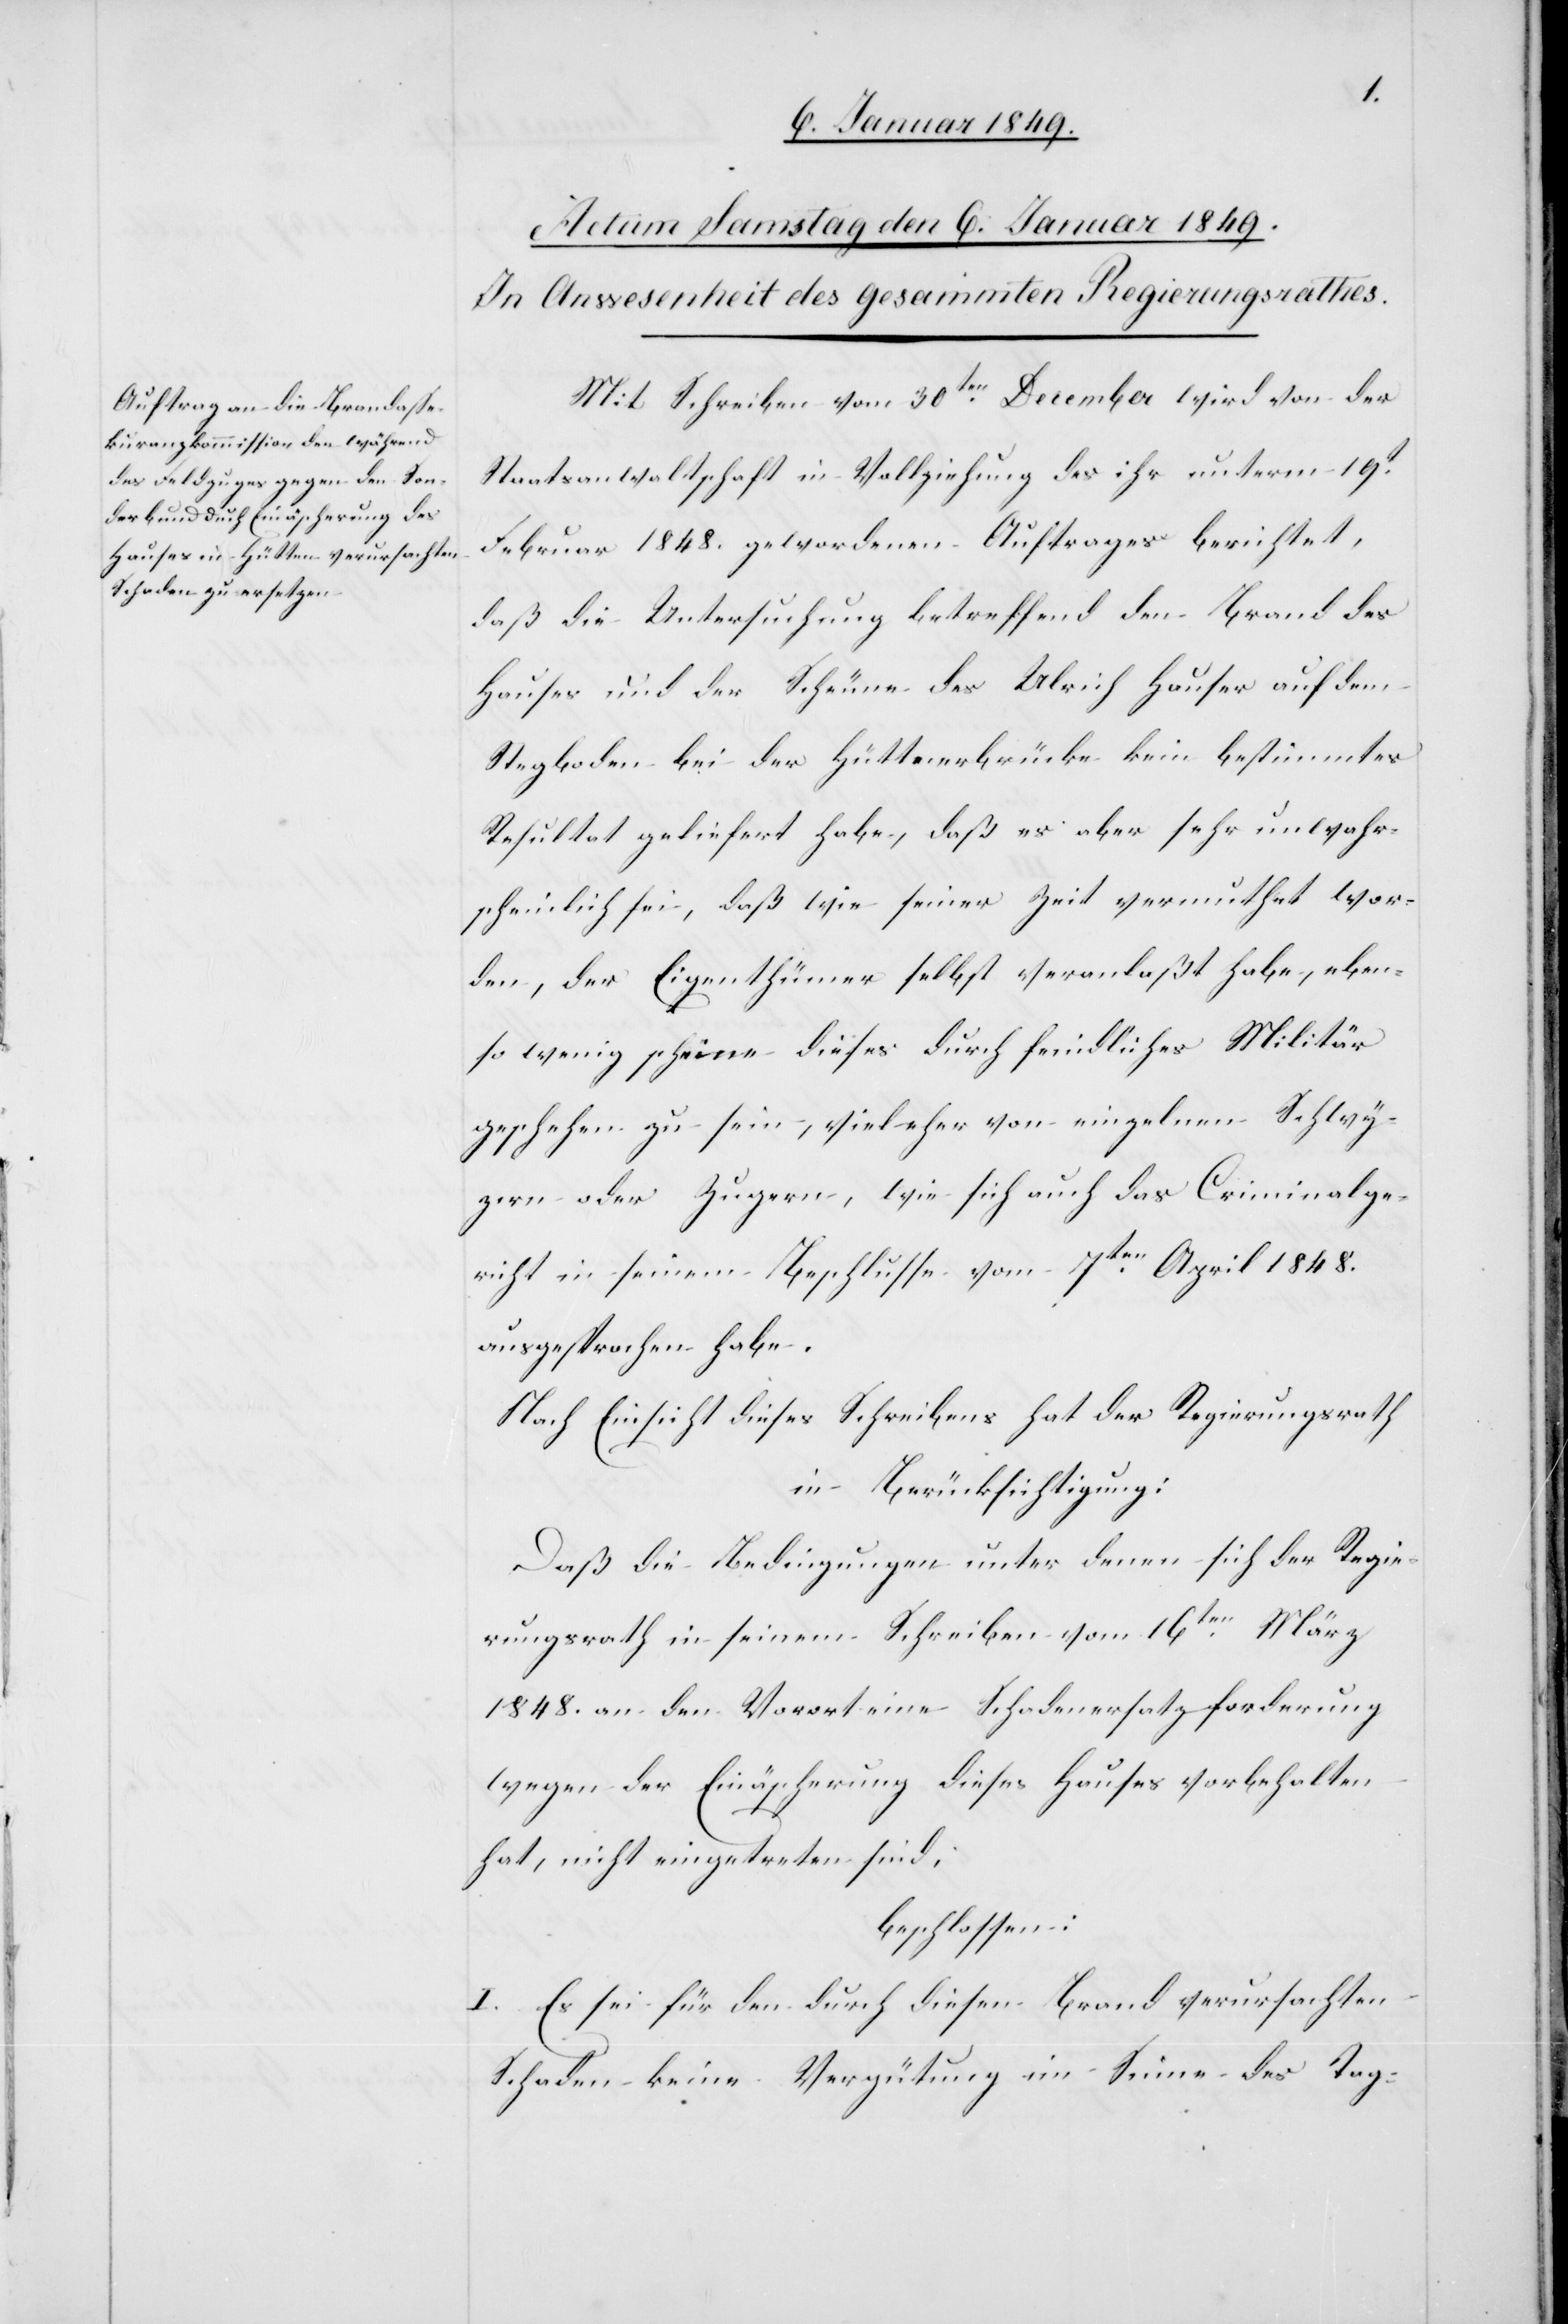
Mit Schreiben vom 30ten. December wird von der
Staatsanwaltschaft in Vollziehung des ihr unterm 19t.
Februar 1848. gewordenen Auftrages berichtet,
daß die Untersuchung betreffend den Brand des
Hauses und der Scheune des Ulrich Hauser auf dem
Stegboden bei der Hüttnerbrücke kein bestimmtes
Resultat geliefert habe, daß es aber sehr unwahr¬
scheinlich sei, daß wie seiner Zeit vermuthet wor¬
den, der Eigenthümer selbst veranlaßt habe, eben¬
so wenig scheine dieses durch feindliches Militär
geschehen zu sein, viel eher von einzelnen Schwy¬
zern oder Zugern, wie sich auch das Criminalge¬
richt in seinem Beschlusse vom 7ten. April 1848.
ausgesprochen habe.
Nach Einsicht dieses Schreibens hat der Regierungsrath
in Berücksichtigung:
Daß die Bedingungen unter denen sich der Regie¬
rungsrath in seinem Schreiben vom 16ten. März
1848. an den Vorort eine Schadenersatzforderung
wegen der Einäscherung dieses Hauses vorbehalten
hat, nicht eingetreten sind,
beschlossen:
I. Es sei für den durch diesen Brand verursachten
Schaden keine Vergütung im Sinne des Tag-